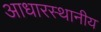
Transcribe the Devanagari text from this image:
आधारस्थानीय